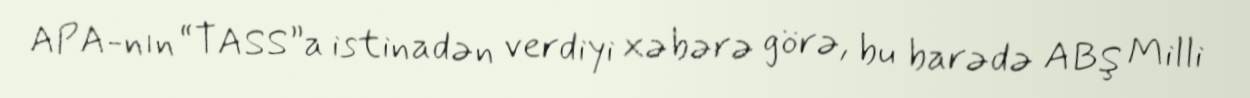
APA-nın “TASS”a istinadən verdiyi xəbərə görə, bu barədə ABŞ Milli